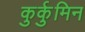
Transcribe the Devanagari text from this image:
कुर्कुमिन